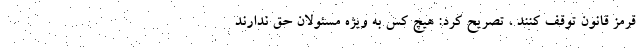
قرمز قانون توقف کنند ، تصریح کرد: هیچ کس به­ ویژه مسئولان حق ندارند